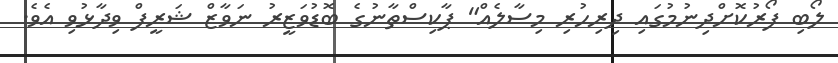
ލޯބި ފޯރުކޮށްދިނުމުގައި ދިރިހުރި މިސާލެއް" ޕާކިސްތާނުގެ ބޮޑުވަޒީރު ނަވާޒް ޝަރީފް ވިދާޅުވި އެވެ.